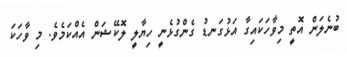
ބުނެލަން އޮތީ މިވާހަކައިގާ އަޅުގަނޑު ގެންގުޅެނީ ހިޔާލީ ލޮކޭޝަން އެއްކަމެވެ. މި ވާހަކަ